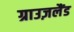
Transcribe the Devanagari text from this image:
ग्राउज़लैंड